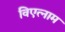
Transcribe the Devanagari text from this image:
विएत्नाम